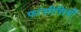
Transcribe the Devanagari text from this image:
फांसीसियों